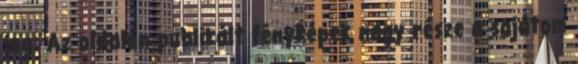
jog: Az oldalon publikált fényképek nagy része a sajátom